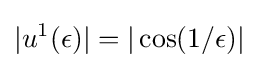
|u^{1}(\epsilon )|=|\cos(1/\epsilon )|